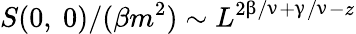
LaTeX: S(0,\ 0)/(\beta m^{2})\sim L^{2\upbeta/\upnu+\upgamma/\upnu-z}